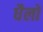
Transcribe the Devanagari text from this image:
धैलों